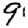
Digit: 9